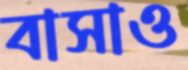
বাসাও